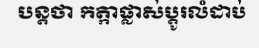
បន្តថា កត្កាផ្លាស់ប្តូរលំដាប់